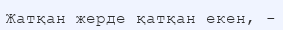
Жатқан жерде қатқан екен, -